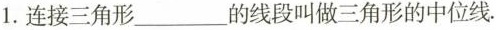
1.连接三角形___的线段叫做三角形的中位线.